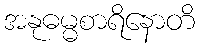
အနုဓမ္မစာရိနောတိ